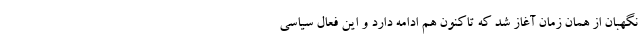
نگهبان از همان زمان آغاز شد که تاکنون هم ادامه دارد و این فعال سیاسی